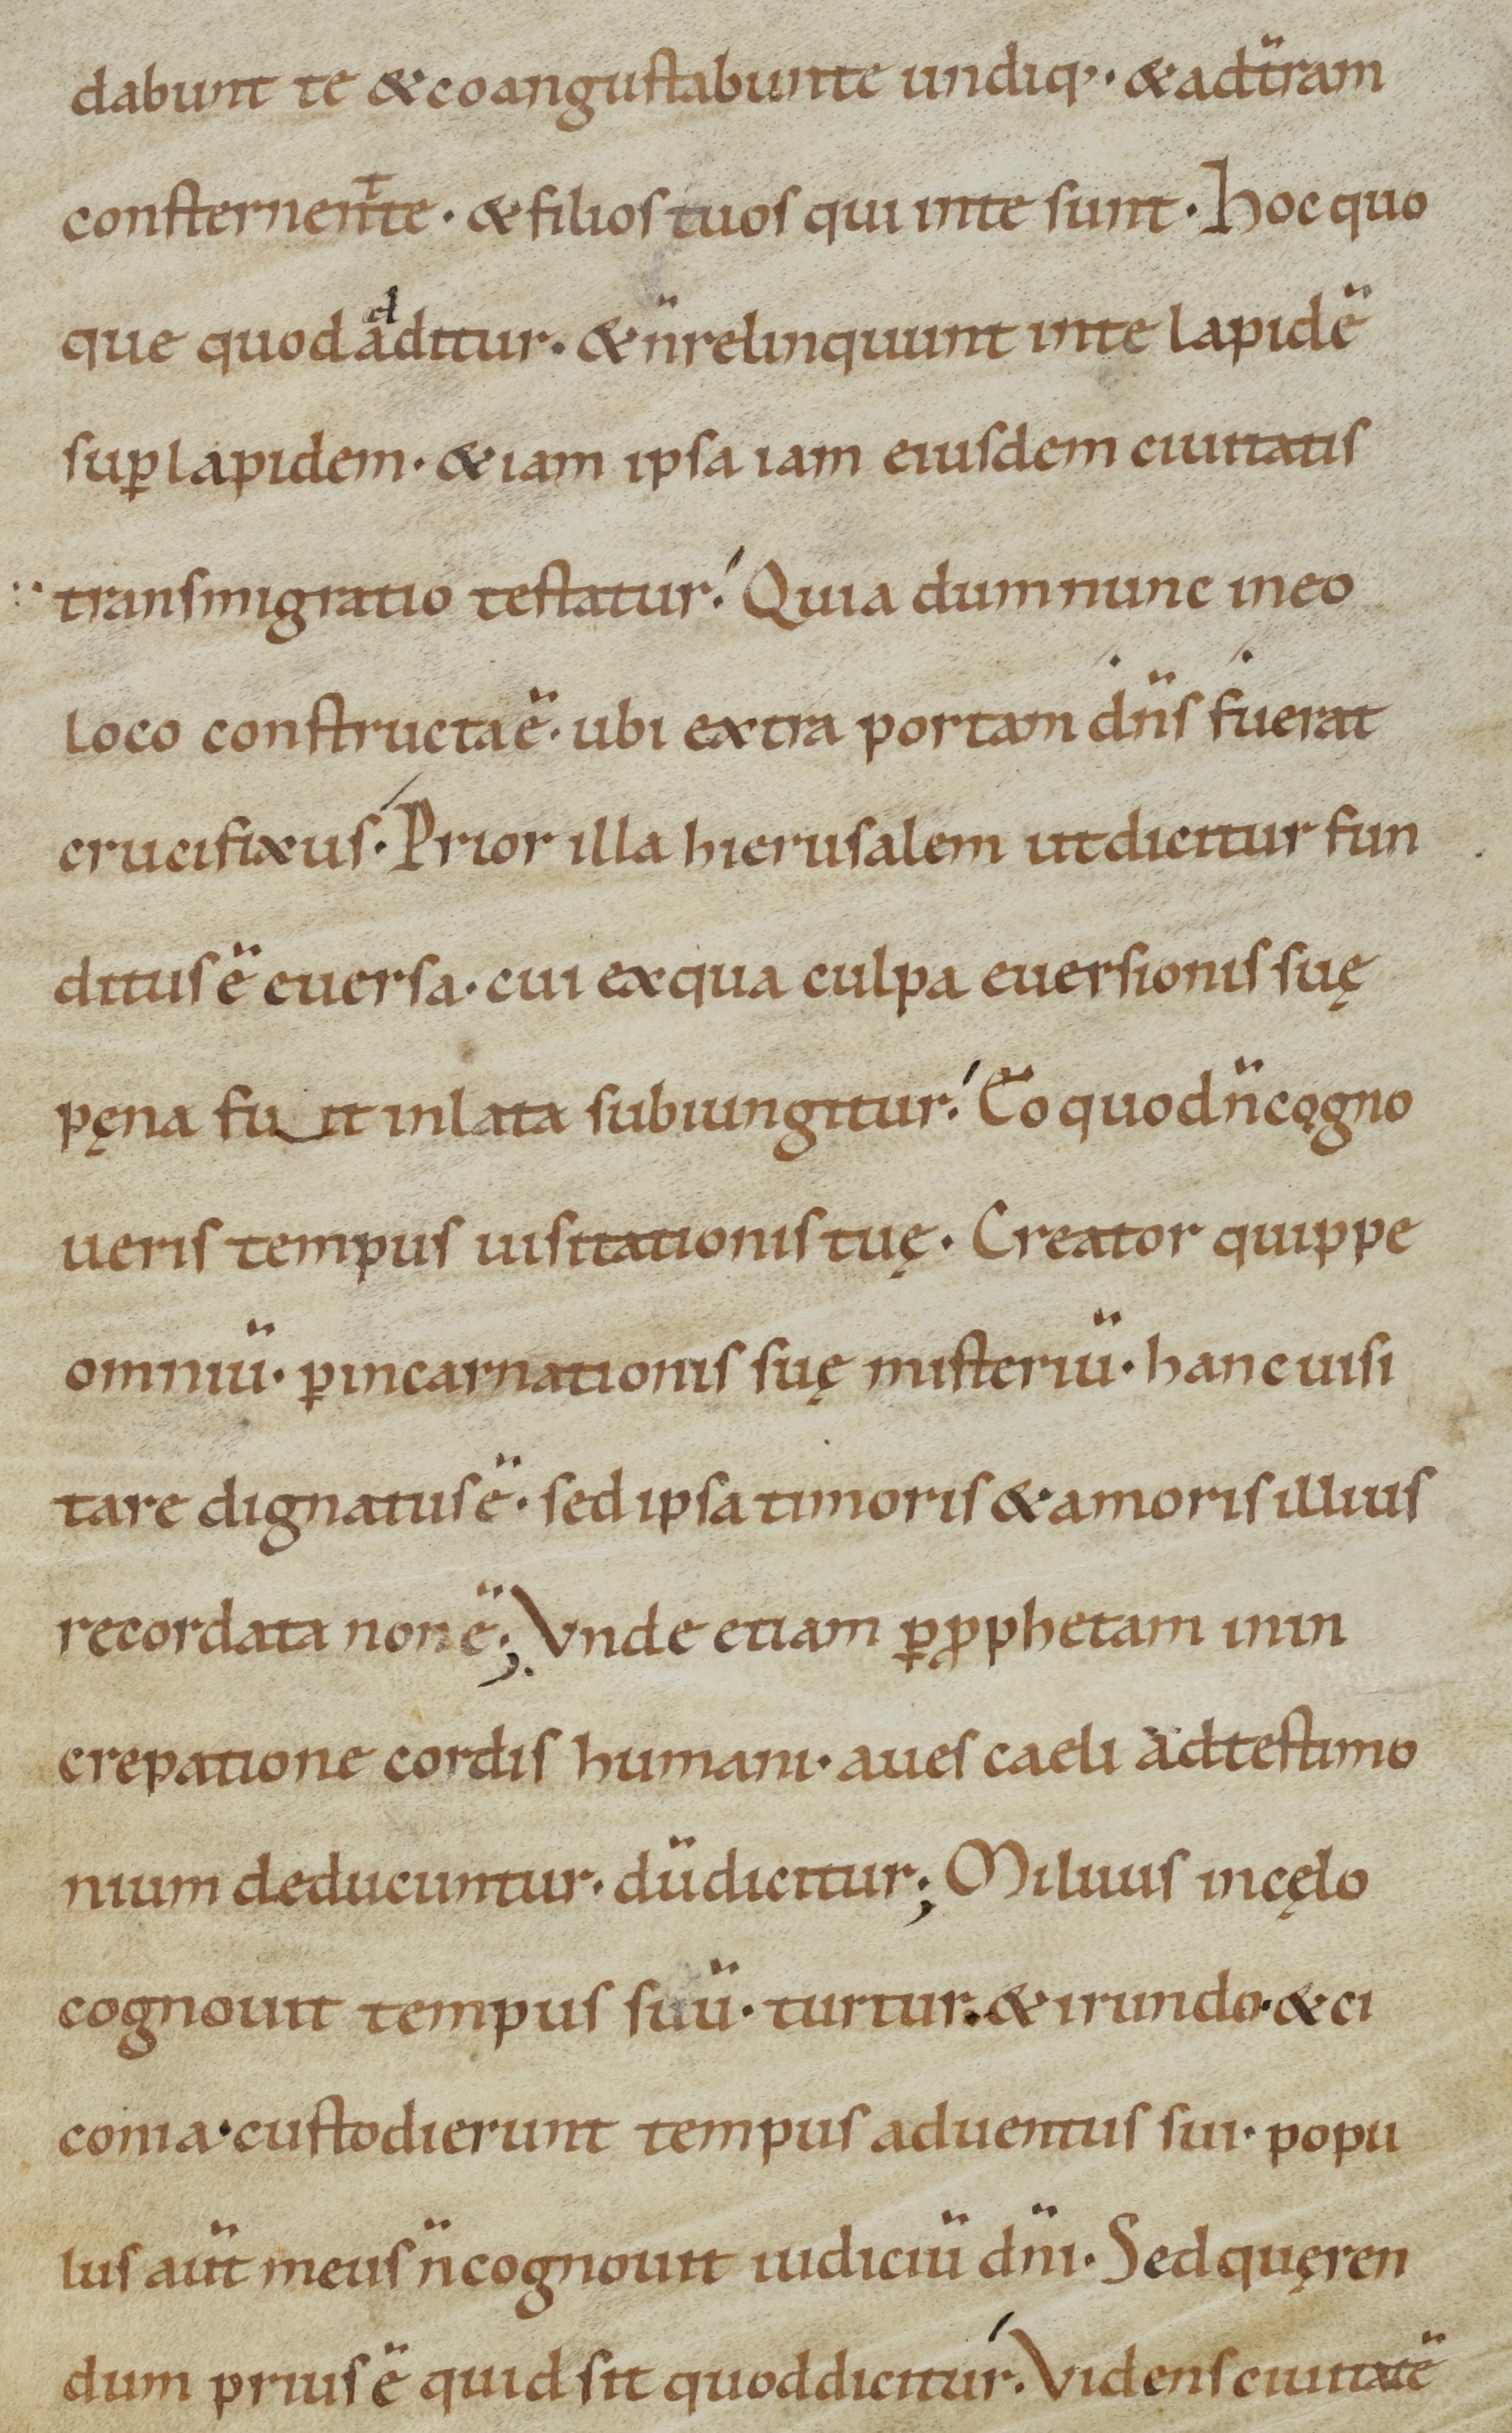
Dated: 1000–1099